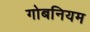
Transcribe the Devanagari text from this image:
गोबनियम